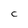
Character: C